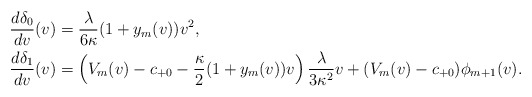
\begin{align*} \frac{d\delta_0}{dv}(v)&=\frac{\lambda}{6\kappa}(1+y_m(v))v^2,\\ \frac{d\delta_1}{dv}(v)&=\left(V_m(v)-c_{+0}-\frac{\kappa}{2}(1+y_m(v))v\right)\frac{\lambda}{3\kappa^2}v+(V_m(v)-c_{+0})\phi_{m+1}(v).\end{align*}